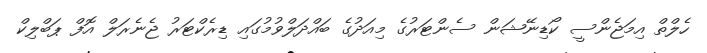
ހެލްތް އިމަޖެންސީ ކޯޑިނޭޝަން ސެންޓަރުގެ މިއަދުގެ ބައްދަލްވުމުގައި ޑިރެކްޓަރު ޖެނެރަލް އޮފް ޕަބްލިކް